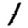
Digit: 1